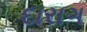
દારાગ